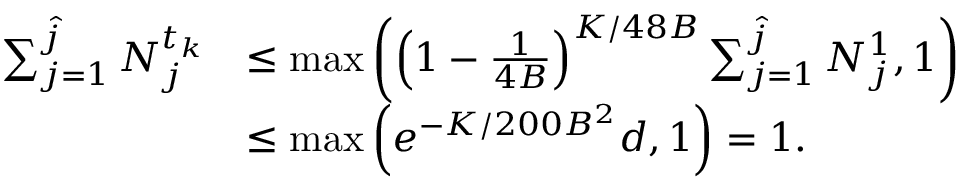
\begin{array} { r l } { \sum _ { j = 1 } ^ { \hat { j } } N _ { j } ^ { t _ { k } } } & { \le \operatorname* { m a x } \left( \left( 1 - \frac { 1 } { 4 B } \right) ^ { K / 4 8 B } \sum _ { j = 1 } ^ { \hat { j } } N _ { j } ^ { 1 } , 1 \right) } \\ & { \le \operatorname* { m a x } \left( e ^ { - K / 2 0 0 B ^ { 2 } } d , 1 \right) = 1 . } \end{array}